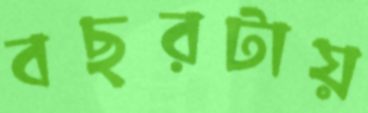
বছরটায়